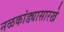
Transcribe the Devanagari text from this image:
नळकांड्यासारखे